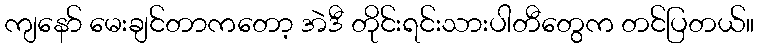
ကျနော် မေးချင်တာကတော့ အဲဒီ တိုင်းရင်းသားပါတီတွေက တင်ပြတယ်။